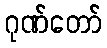
ဂုဏ်တော်